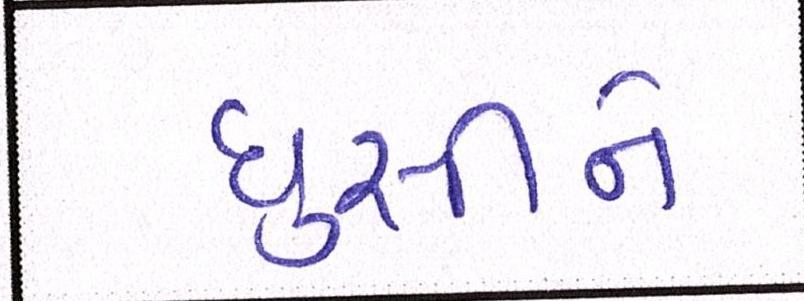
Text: ઘુસીને